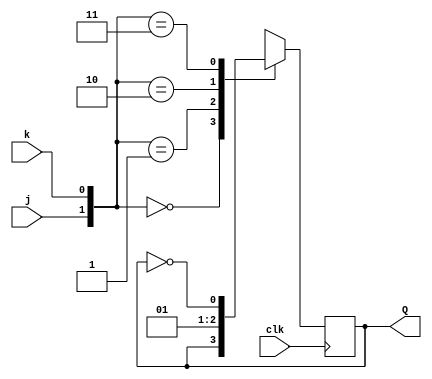
module top_module (
    input clk,
    input j,
    input k,
    output reg Q); 
	
    always@(posedge clk) begin 
        case ({j,k})
            2'd0: Q <= Q;
            2'd1: Q <= 2'd0;
            2'd2: Q <= 2'd1;
            2'd3: Q <= ~Q;
            default : Q <= Q;
        endcase 
    end
endmodule